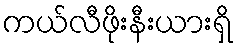
ကယ်လီဖိုးနီးယားရှိ